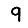
Digit: 9